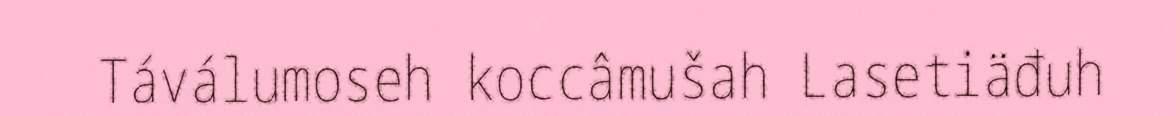
Táválumoseh koccâmušah Lasetiäđuh